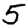
Digit: 5